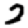
Digit: 2